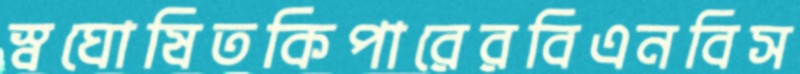
স্বঘোষিতকিপারেরবিএনবিস